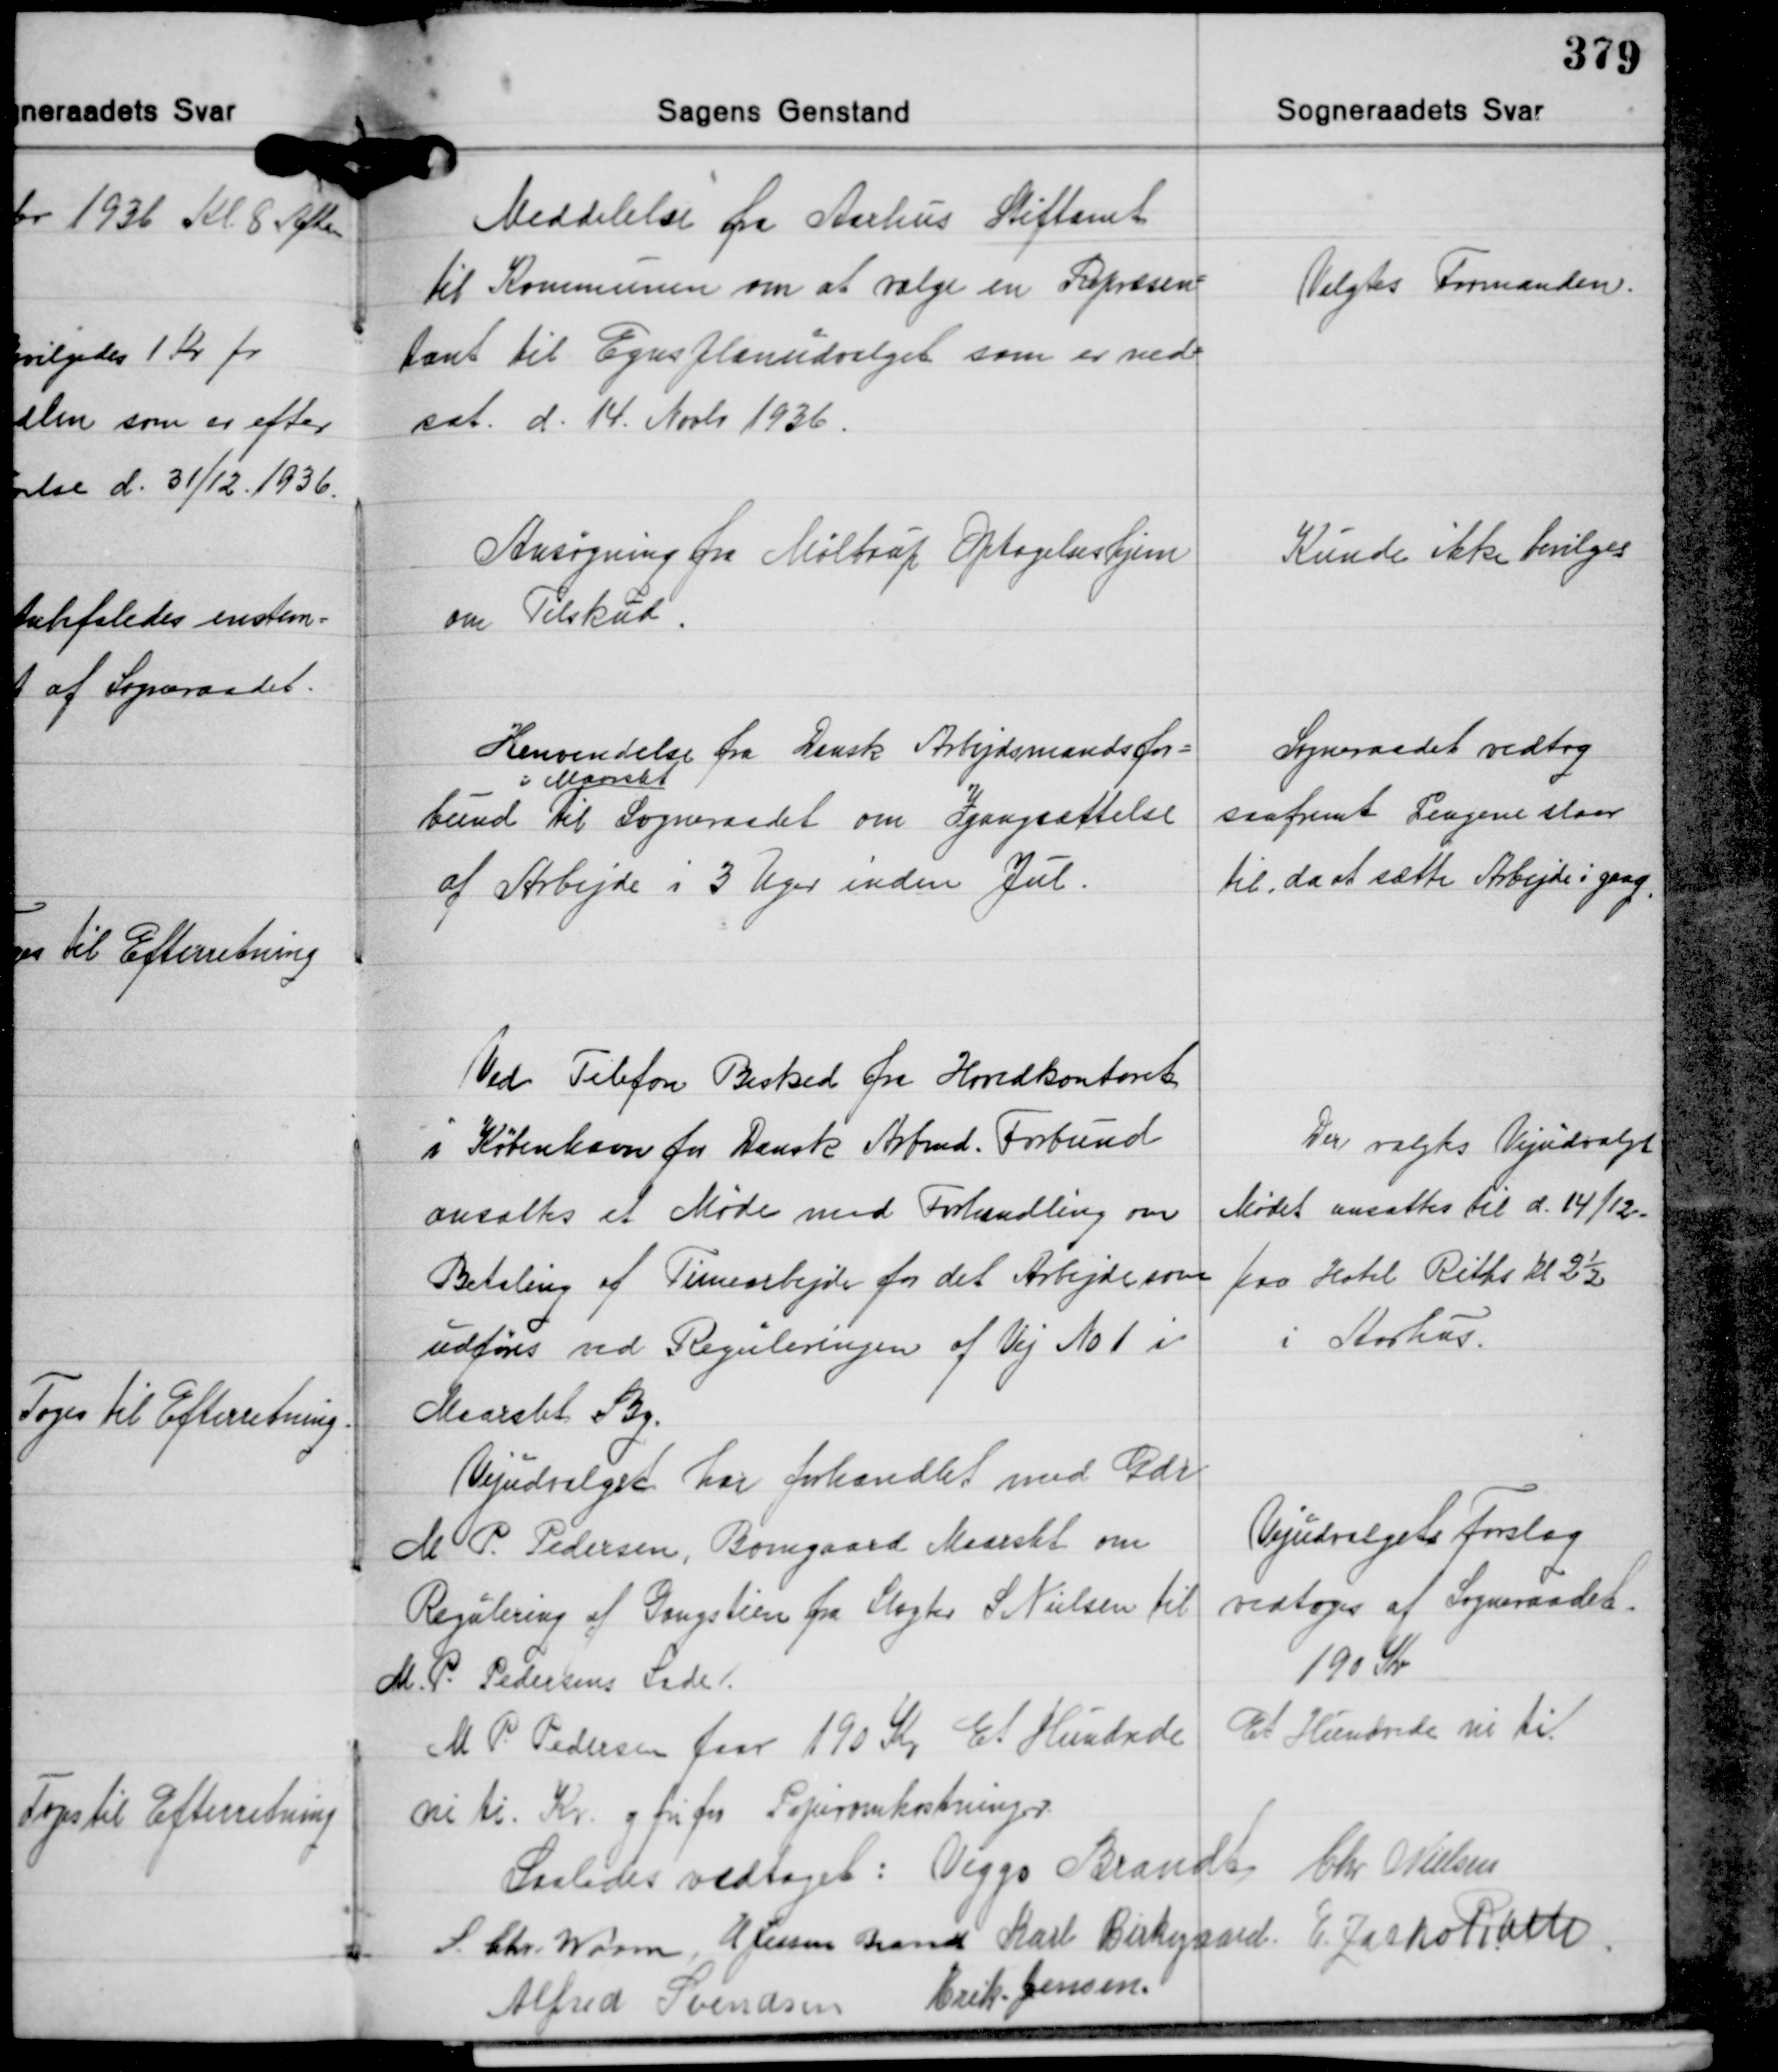
Transskription:
Meddelelse fra Aarhus Stiftamt
til Kommunen om at vælge en Repræsen-
tant til Egnsplanudvalget som er ned-
sat d. 14. Novbr. 1936.

Valgtes Formanden.

Ansøgning fra Møltrup Optagelseshjem
om Tilskud

Kunde ikke bevilges

Henvendelse fra Dansk Arbejdsmandsfor-
i Maarslet
bund til Sogneraadet om Igangsættelse
af Arbejde i 3 Uger inden Jul.

Sogneraadet vedtog
saafremt Pengene slaar
til, da at sætte Arbejde i gang.

Ved Telefon Besked fra Hovedkontoret
i København for Dansk Arbmd. Forbund
ansattes et Møde med Forhandling om
Betaling af Timearbejde for det Arbejde som
udføres ved Reguleringen af Vej No 1 i
Maarslet By.

Der valgtes Vejudvalget
Mødet ansattes til d. 14/12
paa Hotel Riths Kl 2½
i Aarhus.

Vejudvalget har forhandlet med Gdr.
M P. Pedersen, Borregaard Maarslet om
Regulering af Gangstien fra Slagter S. Nielsen til
M. P. Pedersens Lade.
M P. Pedersen faar 190 Kr. Et Hundrede
ni ti. Kr. og fri for Papiromkostninger.

Vejudvalgets forslag
vedtoges af Sogneraadet.
190 Kr.
Et Hundrede ni ti.

Saaledes vedtaget: Viggo Brandt Chr. Nielsen
S. Chr. Worm H. Jessen Brandt Karl Birkegaard E. Zacho Rath
Alfred Svendsen Erik Jensen